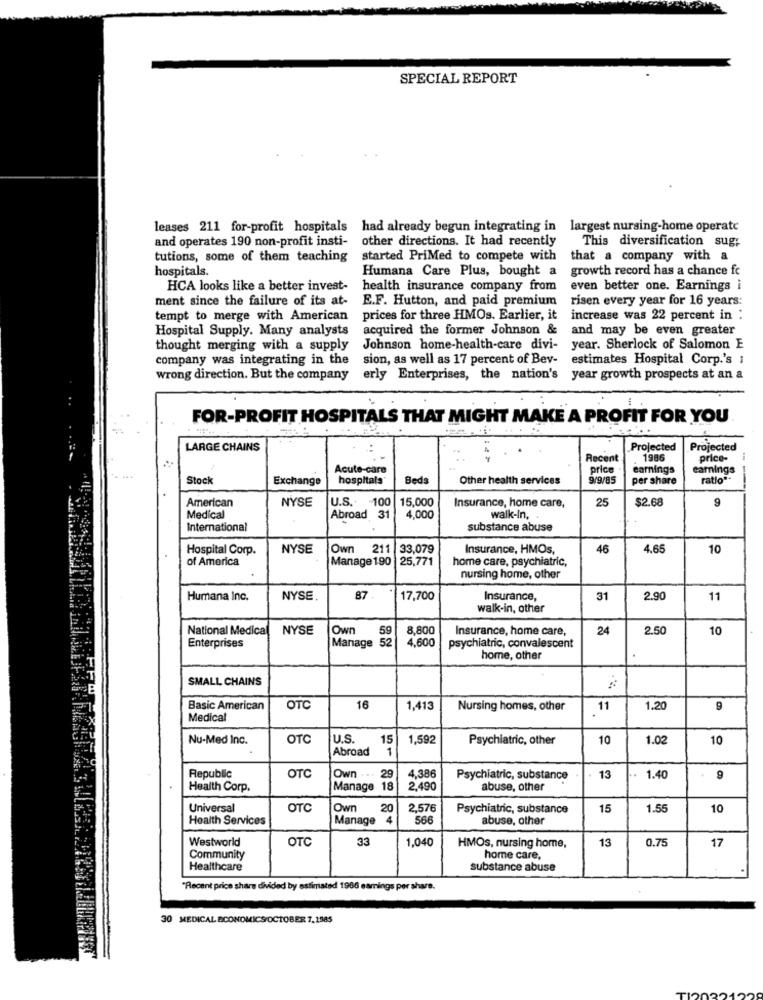
SPECIAL REPORT
leases 211 for-profit hospitals had already begun integrating in largest nursing-home operate
and operates 190 non-profit insti-
other directions. It had recently
This diversification sug;
tutions, some of them teaching started PriMed to compete with
that a company with a
hospitals.
Humana Care Plus, bought a growth record has a chance fc
HCA looks like a better invest-
health insurance company from even better one. Earnings i
ment since the failure of its at-
E.F. Hutton, and paid premium risen every year for 16 years:
tempt to merge with American
prices for three HMOs. Earlier, it
increase was 22 percent in :
Hospital Supply. Many analysts
acquired the former Johnson &
and may be even greater
thought merging with a supply Johnson home-health-care divi-
year. Sherlock of Salomon E
company was integrating in the
sion, as well as 17 percent of Bev- estimates Hospital Corp.'s :
wrong direction. But the company erly Enterprises, the nation's year growth prospects at an a
FOR-PROFIT HOSPITALS THAT MIGHT MAKE A PROFIT FOR YOU
LARGE CHAINS
Projected
Projected
14-
Recent
1986
price-
Acute-care
price
earnings
earnings
Stock
Exchange
hospitals"
Bed:
Other health services
9/9/85
per share
ratio **
--
American
NYSE
U.S. - 100
15,000
25
$2.68
9
Insurance, home care,
Medical
Abroad 31
4,000
walk-In.
International
substance abuse
Hospital Corp.
NYSE
Own 211
33,079
Insurance, HMOs,
46
4.65
10
of America
Manage 190
25,771
home care, psychiatric,
nursing home, other
Humana Inc.
NYSE
87.
17,700
Insurance,
31
2.90
11
walk-in, other
National Medical
NYSE
|Own
8,800
Insurance, home care,
24
2.50
10
59
4,600
Enterprises
Manage 52
psychiatric, convalescent
home, other
SMALL CHAINS
Basic American
OTC
16
1,413
Nursing homes, other
11
1.20
9
Medical
Nu-Med Inc.
OTC
U.S.
15
1,592
Psychiatric, other
10
1.02
10
Abroad
1
Republic
OTC
Own ..
29
4,386
Psychiatric, substance
13
1.40
9
Health Corp.
Manage 18
2,490
abuse, other
Universal
OTC
Owr
20
2,576
Psychiatric, substance
15
1.55
10
Health Services
Manage
4
566
abuse, other
Westworld
OTC
33
1,040
13
0.75
17
HMOs, nursing home,
Community
home care,
Healthcare
substance abuse
"Recent price share divided by estimated 1986 earnings per share.
30 MEDICAL BCONOMICS/OCTOBER 7.1985